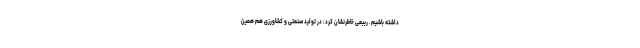
داشته باشیم. ربیعی خاطرنشان کرد: در تولید صنعتی و کشاورزی هم همین